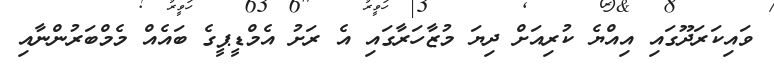
ވައިކަރަދޫގައި އިއްޔެ ކުރިއަށް ދިޔަ މުޒާހަރާގައި އެ ރަށު އެމްޑީޕީގެ ބައެއް މެމްބަރުންނާއި